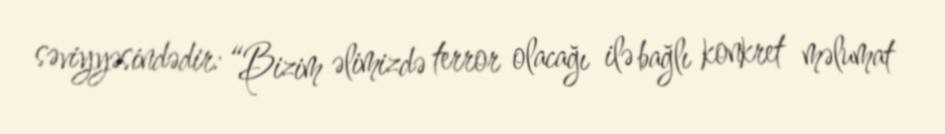
səviyyəsindədir: “Bizim əlimizdə terror olacağı ilə bağlı konkret məlumat